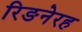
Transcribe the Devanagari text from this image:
रिङनेरह